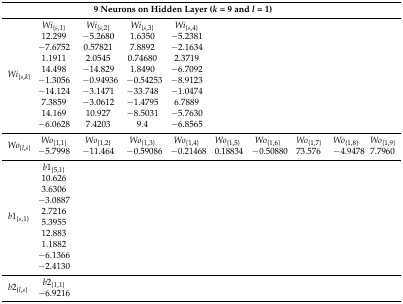
<table><thead><tr><td colspan="9"><b>9 Neurons on Hidden Layer (<i>k</i> = 9 and <i>l</i> = 1)</b></td><td></td></tr></thead><tbody><tr><td rowspan="10"><i>Wi</i><sub>{<i>s</i>,<i>k</i>}</sub></td><td><i>Wi</i><sub>{<i>s</i>,1}</sub></td><td><i>Wi</i><sub>{<i>s</i>,2}</sub></td><td><i>Wi</i><sub>{<i>s</i>,3}</sub></td><td><i>Wi</i><sub>{<i>s</i>,4}</sub></td><td></td><td></td><td></td><td></td><td></td></tr><tr><td>12.299</td><td>−5.2680</td><td>1.6350</td><td>−5.2381</td><td></td><td></td><td></td><td></td><td></td></tr><tr><td>−7.6752</td><td>0.57821</td><td>7.8892</td><td>−2.1634</td><td></td><td></td><td></td><td></td><td></td></tr><tr><td>1.1911</td><td>2.0545</td><td>0.74680</td><td>2.3719</td><td></td><td></td><td></td><td></td><td></td></tr><tr><td>14.498</td><td>−14.829</td><td>1.8490</td><td>−6.7092</td><td></td><td></td><td></td><td></td><td></td></tr><tr><td>−1.3056</td><td>−0.94936</td><td>−0.54253</td><td>−8.9123</td><td></td><td></td><td></td><td></td><td></td></tr><tr><td>−14.124</td><td>−3.1471</td><td>−33.748</td><td>−1.0474</td><td></td><td></td><td></td><td></td><td></td></tr><tr><td>7.3859</td><td>−3.0612</td><td>−1.4795</td><td>6.7889</td><td></td><td></td><td></td><td></td><td></td></tr><tr><td>14.169</td><td>10.927</td><td>−8.5031</td><td>−5.7630</td><td></td><td></td><td></td><td></td><td></td></tr><tr><td>−6.0628</td><td>7.4203</td><td>9.4</td><td>−6.8565</td><td></td><td></td><td></td><td></td><td></td></tr><tr><td rowspan="2"><i>Wo</i><sub>{<i>l</i>,<i>s</i>}</sub></td><td><i>Wo</i><sub>{1,1}</sub></td><td><i>Wo</i><sub>{1,2}</sub></td><td><i>Wo</i><sub>{1,3}</sub></td><td><i>Wo</i><sub>{1,4}</sub></td><td><i>Wo</i><sub>{1,5}</sub></td><td><i>Wo</i><sub>{1,6}</sub></td><td><i>Wo</i><sub>{1,7}</sub></td><td><i>Wo</i><sub>{1,8}</sub></td><td><i>Wo</i><sub>{1,9}</sub></td></tr><tr><td>−5.7998</td><td>−11.464</td><td>−0.59086</td><td>−0.21468</td><td>0.18834</td><td>−0.50880</td><td>73.576</td><td>−4.9478</td><td>7.7960</td></tr><tr><td rowspan="10"><i>b</i>1<sub>{<i>s</i>,1}</sub></td><td><i>b</i>1<sub>{5,1}</sub></td><td></td><td></td><td></td><td></td><td></td><td></td><td></td><td></td></tr><tr><td>10.626</td><td></td><td></td><td></td><td></td><td></td><td></td><td></td><td></td></tr><tr><td>3.6306</td><td></td><td></td><td></td><td></td><td></td><td></td><td></td><td></td></tr><tr><td>−3.0887</td><td></td><td></td><td></td><td></td><td></td><td></td><td></td><td></td></tr><tr><td>2.7216</td><td></td><td></td><td></td><td></td><td></td><td></td><td></td><td></td></tr><tr><td>5.3955</td><td></td><td></td><td></td><td></td><td></td><td></td><td></td><td></td></tr><tr><td>12.883</td><td></td><td></td><td></td><td></td><td></td><td></td><td></td><td></td></tr><tr><td>1.1882</td><td></td><td></td><td></td><td></td><td></td><td></td><td></td><td></td></tr><tr><td>−6.1366</td><td></td><td></td><td></td><td></td><td></td><td></td><td></td><td></td></tr><tr><td>−2.4130</td><td></td><td></td><td></td><td></td><td></td><td></td><td></td><td></td></tr><tr><td rowspan="2"><i>b</i>2<sub>{<i>l</i>,<i>s</i>}</sub></td><td><i>b</i>2<sub>{1,1}</sub></td><td></td><td></td><td></td><td></td><td></td><td></td><td></td><td></td></tr><tr><td>−6.9216</td><td></td><td></td><td></td><td></td><td></td><td></td><td></td><td></td></tr></tbody></table>